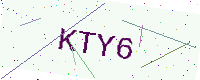
Text: KTY6